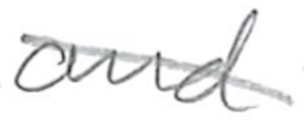
Text: and
Cross-out: mix
Writing tool: pencil